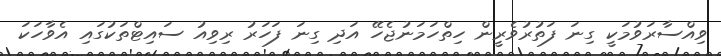
ވިއްސާރަވުމަކީ ގިނަ ފަތުރުވެރީން ހިތްހަމަނުޖެހޭ އަދި ގިނަ ފަހަރު ރިވިއު ސައިޓްތަކުގައި އެވާހަކަ